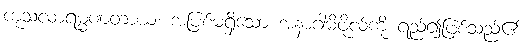
ကုသလာရမ္မဏတာယ၊ အပြစ်မရှိသော အနာဂါမိဖိုလ်ကို ရည်၍ဖြစ်သည်၏